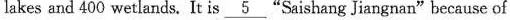
lakes and 400 wetlands. It is \underline "Saishang Jiangnan"because of